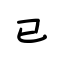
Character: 已